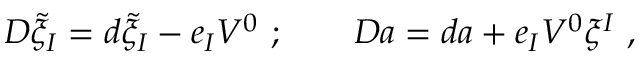
D \tilde { \xi } _ { I } = d \tilde { \xi } _ { I } - e _ { I } V ^ { 0 } \ ; \qquad D a = d a + e _ { I } V ^ { 0 } \xi ^ { I } \ ,